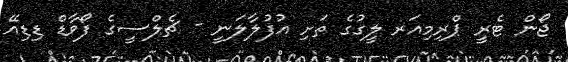
ޖޯން ޓެރީ ޕްރިމިއަރ ލީގުގެ ތަށި އުފުލާލަނީ - ޗެލްސީގެ ފޯވާޑް ޑިޑިއޭ